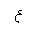
Letter: _ayn